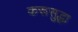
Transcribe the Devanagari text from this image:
करूसुद्धा